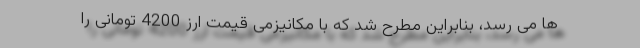
ها می رسد، بنابراین مطرح شد که با مکانیزمی قیمت ارز 4200 تومانی را